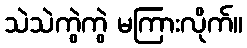
သဲသဲကွဲကွဲ မကြားလိုက်။